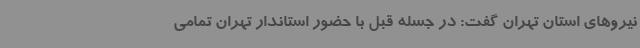
نیروهای استان تهران گفت: در جسله قبل با حضور استاندار تهران تمامی